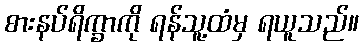
စားနပ်ရိက္ခာကို ရန်သူ့ထံမှ ရယူသည်။